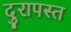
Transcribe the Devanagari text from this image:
दुरापस्त